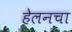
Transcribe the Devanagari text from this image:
हेलनचा